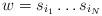
LaTeX: \begin{align*}w = s_{i_1} \ldots s_{i_N}\end{align*}